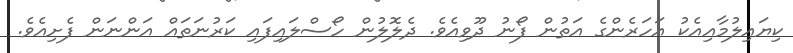
ކިޔައިލުމާއިއެކު އަހަރެންގެ އަތުން ފޯނު ދޫވިއެވެ. ދެލޮލުން ހޯސްލައިފައި ކަރުނަތައް އަންނަން ފެށިއެވެ.